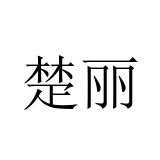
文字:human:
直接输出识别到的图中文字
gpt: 楚丽